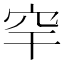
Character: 𥤱